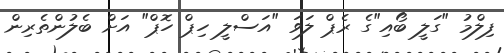
ފިލްމު "ގަލީ ބޯއި"ގެ ރެޕް ލަވަ "އަސްލީ ހިޕް ހޮޕް" އަށް ބެލުންތެރިން